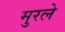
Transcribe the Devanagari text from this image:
मुरले